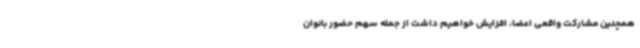
همچنین مشارکت واقعی اعضا، افزایش خواهیم داشت از جمله سهم حضور بانوان